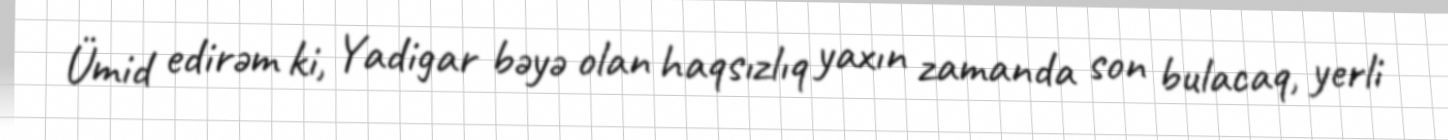
Ümid edirəm ki, Yadigar bəyə olan haqsızlıq yaxın zamanda son bulacaq, yerli